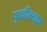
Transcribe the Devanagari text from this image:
पृथ्वीस्थानं